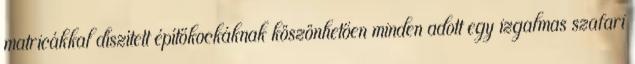
matricákkal díszített építőkockáknak köszönhetően minden adott egy izgalmas szafari